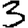
Digit: 3